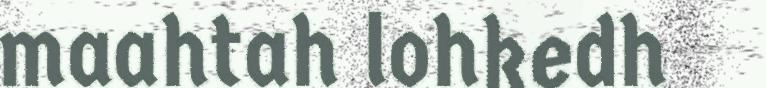
maahtah lohkedh